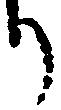
り